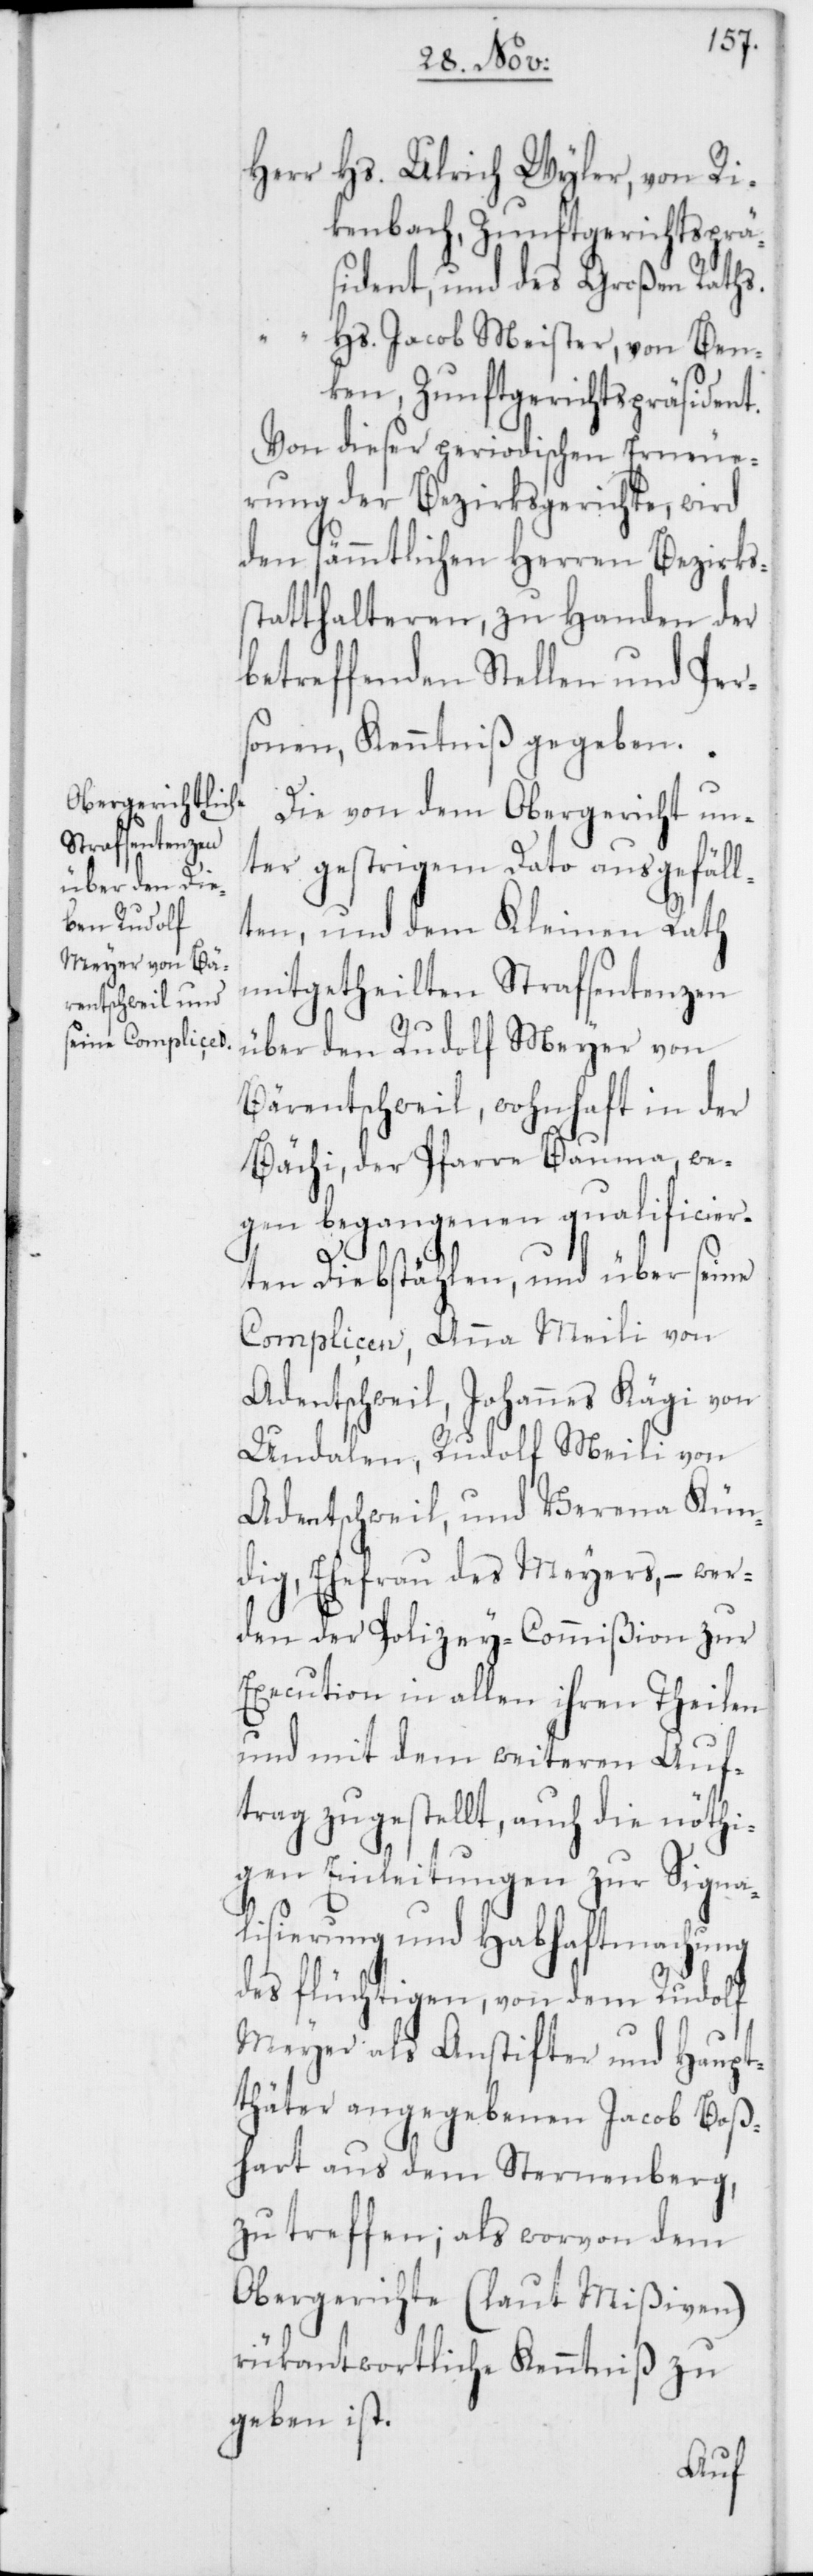
Herr Hs. Ulrich Wyler, von Ri¬
kenbach, Zunftgerichtsprä¬
sident, und des Großen Raths.
“
Hs. Jacob Meister, von Ben¬
ken, Zunftgerichtspräsident.
Von dieser periodischen Erneue¬
rung der Bezirksgerichte, wird
den sämmtlichen Herren Bezirks¬
statthalteren zu Handen der
betreffenden Stellen und Per¬
sonen, Kenntniß gegeben.
Die von dem Obergericht un¬
ter gestrigem Dato ausgefäll¬
ten, und dem Kleinen Rath
mitgetheilten Strafsentenzen
über den Rudolf Meyer von
Bärentschweil, wohnhaft in der
Bächi, der Pfarre Bauma, we¬
gen begangenen qualificier¬
ten Diebstählen, und über seine
Complicen, Anna Meili von
Adentschweil, Johannes Kägi von
Undalen, Rudolf Meili von
Adentschweil und Verena Kün¬
dig, Ehefrau des Meyers, – wer¬
den der Polizey-Commißion zur
Execution in allen ihren Theilen
und mit dem weiteren Auf¬
trag zugestellt, auch die nöthi¬
gen Einleitungen zur Signa¬
lisierung und Habhaftmachung
des flüchtigen, von dem Rudolf
Meyer als Anstifter und Haupt¬
thäter angegebenen Jacob Boß¬
hart aus dem Sternenberg,
zu treffen; als worvon dem
Obergerichte (laut Mißiven)
rükantwortliche Kenntniß zu
geben ist.